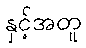
နှင့်အတူ